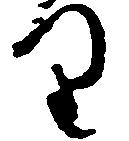
り